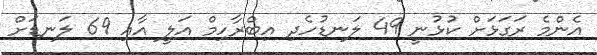
އެންމެ ރަގަޅަށް ކުޅުނީ 49 ލަނޑުހެދި އިބްރާހިމް އަލީ އާއި 69 ލަނޑަށް